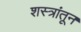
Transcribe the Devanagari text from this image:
शस्त्रांतून